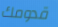
قدومك